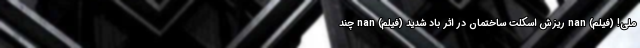
ملی! (فیلم) nan ریزش اسکلت ساختمان در اثر باد شدید (فیلم) nan چند